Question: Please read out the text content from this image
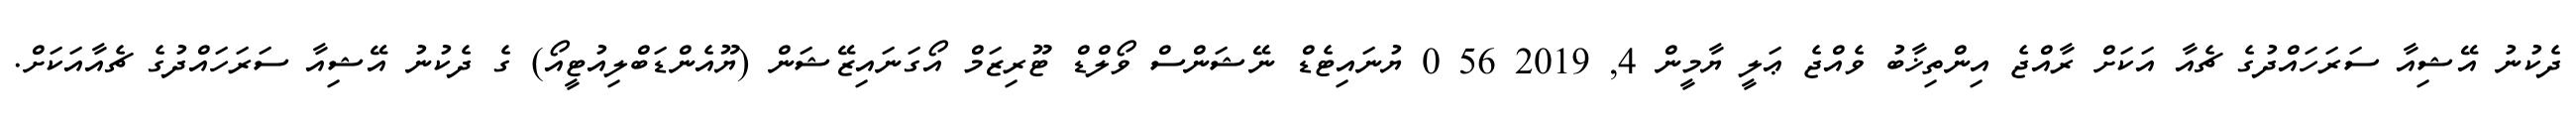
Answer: ދެކުނު އޭޝިއާ ސަރަހައްދުގެ ޗެއާ އަކަށް ރާއްޖެ އިންތިޚާބު ވެއްޖެ ޢަލީ ޔާމީން 4, 2019 56 0 ޔުނައިޓެޑް ނޭޝަންސް ވޯލްޑް ޓޫރިޒަމް އޯގަނައިޒޭޝަން (ޔޫއެންޑަބްލިއުޓީއޯ) ގެ ދެކުނު އޭޝިއާ ސަރަހައްދުގެ ޗެއާއަކަށް.